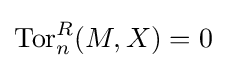
\operatorname {Tor} _{n}^{R}(M,X)=0